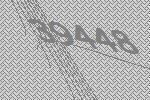
39448